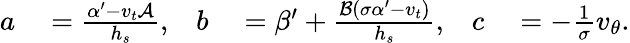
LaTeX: \begin{array}{rlrlrl}{a}&{{}=\frac{\alpha^{\prime}-v_{t}\mathcal{A}}{h_{s}},}&{b}&{{}=\beta^{\prime}+\frac{\mathcal{B}(\sigma\alpha^{\prime}-v_{t})}{h_{s}},}&{c}&{{}=-\frac{1}{\sigma}v_{\theta}.}\end{array}